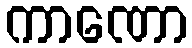
ကာဏော